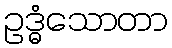
ဥဒ္ဓံသောတာ